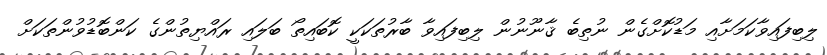
ލިބިފައިވާކަމަށާއި މަޑުކޮށްގެން ނުތިބެ ޤާނޫނުން ލިބިފައިވާ ބާރުތަކަކީ ކޮބައިތޯ ބަލައި ރައްޔިތުންގެ ކަންބޮޑުވުންތަކަށް